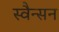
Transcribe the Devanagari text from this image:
स्वैन्सन